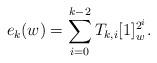
LaTeX: \begin{align*}e_k(w)=\sum_{i=0}^{k-2}T_{k,i}[1]_w^{2^i}.\end{align*}